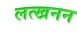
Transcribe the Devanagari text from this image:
लत्खनन